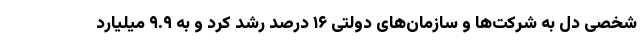
شخصی دل به شرکت‌ها و سازمان‌های دولتی ۱۶ درصد رشد کرد و به ۹.۹ میلیارد